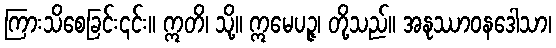
ကြားသိစေခြင်း၎င်း။ ဣတိ၊ သို့။ ဣမေပဉ္ဇ၊ တို့သည်။ အနုဿာဝနဒေါသာ၊